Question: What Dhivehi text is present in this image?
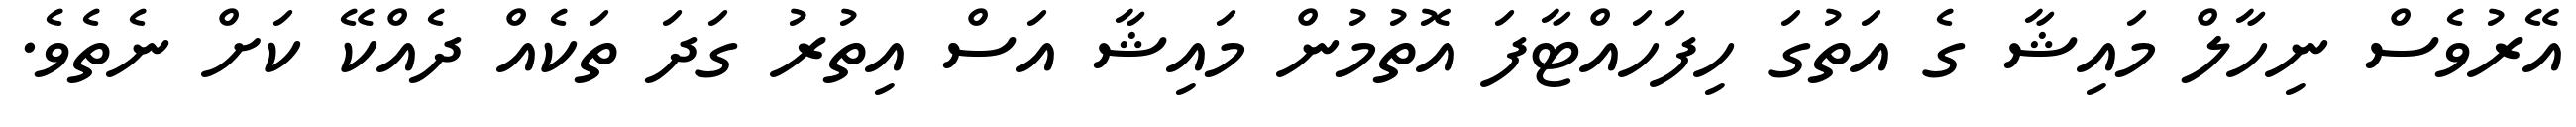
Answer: އޭރުވެސް ނިހާލް މައިޝާ ގެ އަތުގަ ހިފަހައްޓާފަ އޮތުމުން މައިޝާ އަސް އިތުރު ގަދަ ތަކެއް ދެއްކޭ ކަށް ނެތެވެ.